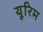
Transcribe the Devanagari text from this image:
यूरिम